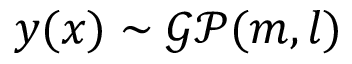
y ( x ) \sim { \mathcal { G P } } ( m , l )